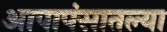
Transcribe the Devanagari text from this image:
आपापंसातल्या